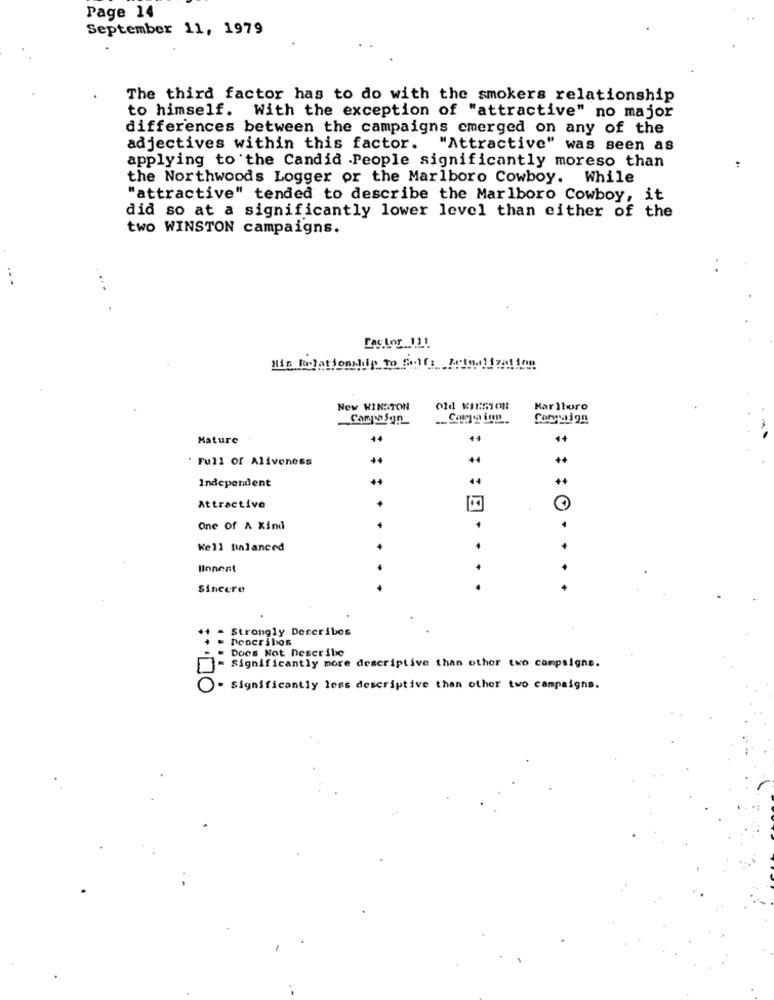
Page 14
September 11, 1979
The third factor has to do with the smokers relationship
to himself. With the exception of "attractive" no major
differences between the campaigns emerged on any of the
adjectives within this factor. "Attractive" was seen as
applying to the Candid .People significantly moreso than
the Northwoods Logger or the Marlboro Cowboy. While
"attractive" tended to describe the Marlboro Cowboy, it
did so at a significantly lower level than either of the
two WINSTON campaigns.
...
...
Factor 111
Min Relationship To Falls Aringlization
New WINSTON
old KiESTon
Marlboro
CampwSun
Campaign
Mature
4+
1+
" Full of Aliveness
44
++
Independent
:
Attractive
One of A Kind
Kell finlanced
.
Ilonent
Sincere
Strongly Describes
Describes
= Does Not Describe
" Significantly more descriptive than other two campaigns.
- Significantly less descriptive than other two campaigns.
:.. O